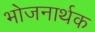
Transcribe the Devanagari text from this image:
भोजनार्थक